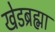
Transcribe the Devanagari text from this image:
खेडब्रह्मा